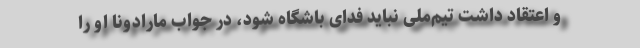
و اعتقاد داشت تیم‌ملی نباید فدای باشگاه شود، در جواب مارادونا او را